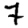
Digit: 7